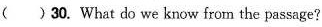
( )30. What do we know from the passage?